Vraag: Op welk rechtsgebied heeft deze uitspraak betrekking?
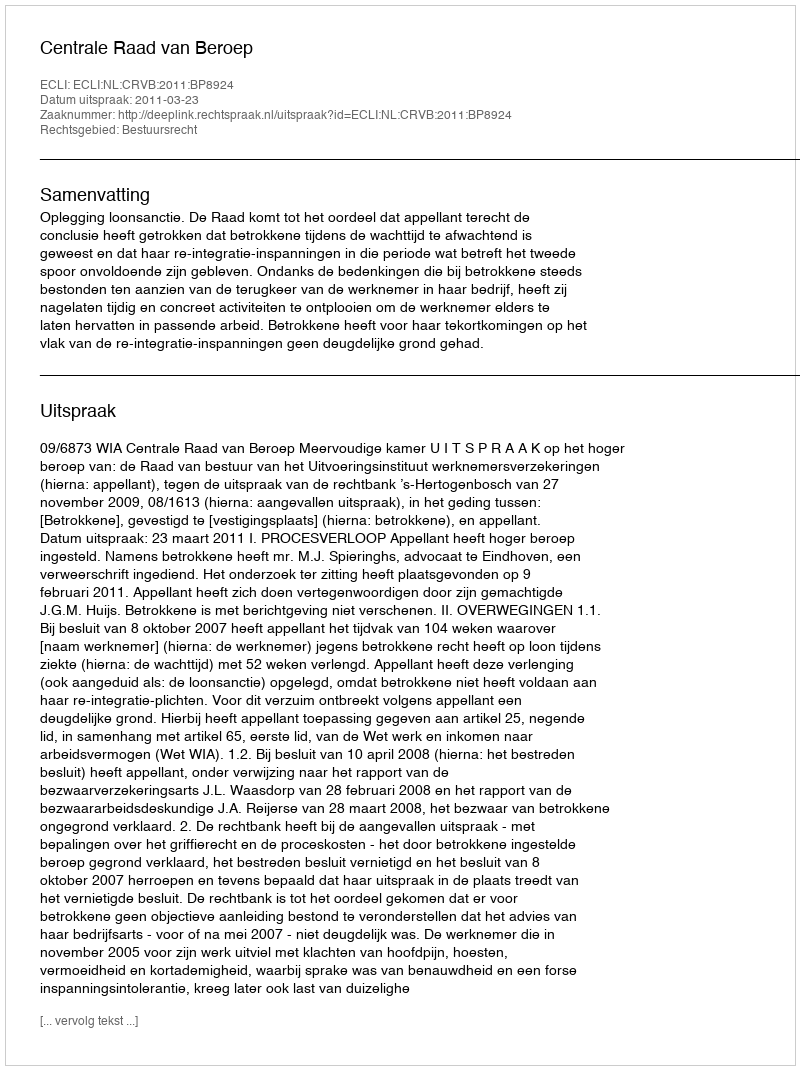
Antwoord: Bestuursrecht